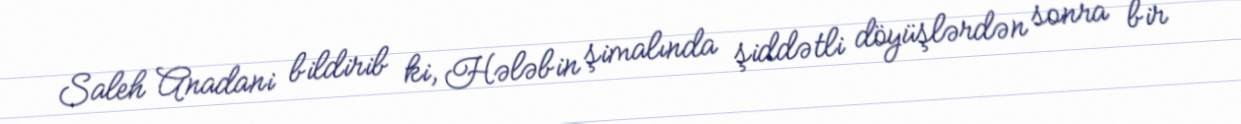
Saleh Anadani bildirib ki, Hələbin şimalında şiddətli döyüşlərdən sonra bir